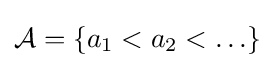
{\mathcal {A}}=\{a_{1}<a_{2}<\ldots \}